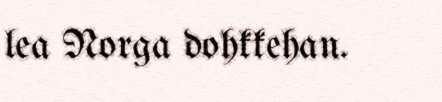
lea Norga dohkkehan.